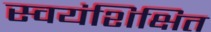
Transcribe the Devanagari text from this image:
स्वयंशिक्षित